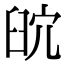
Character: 𦥨